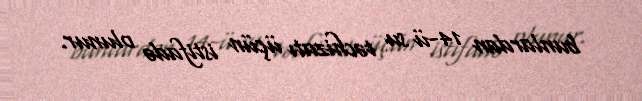
bunlardan 14-ü su təchizatı üçün istifadə olunur.